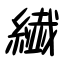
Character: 繊